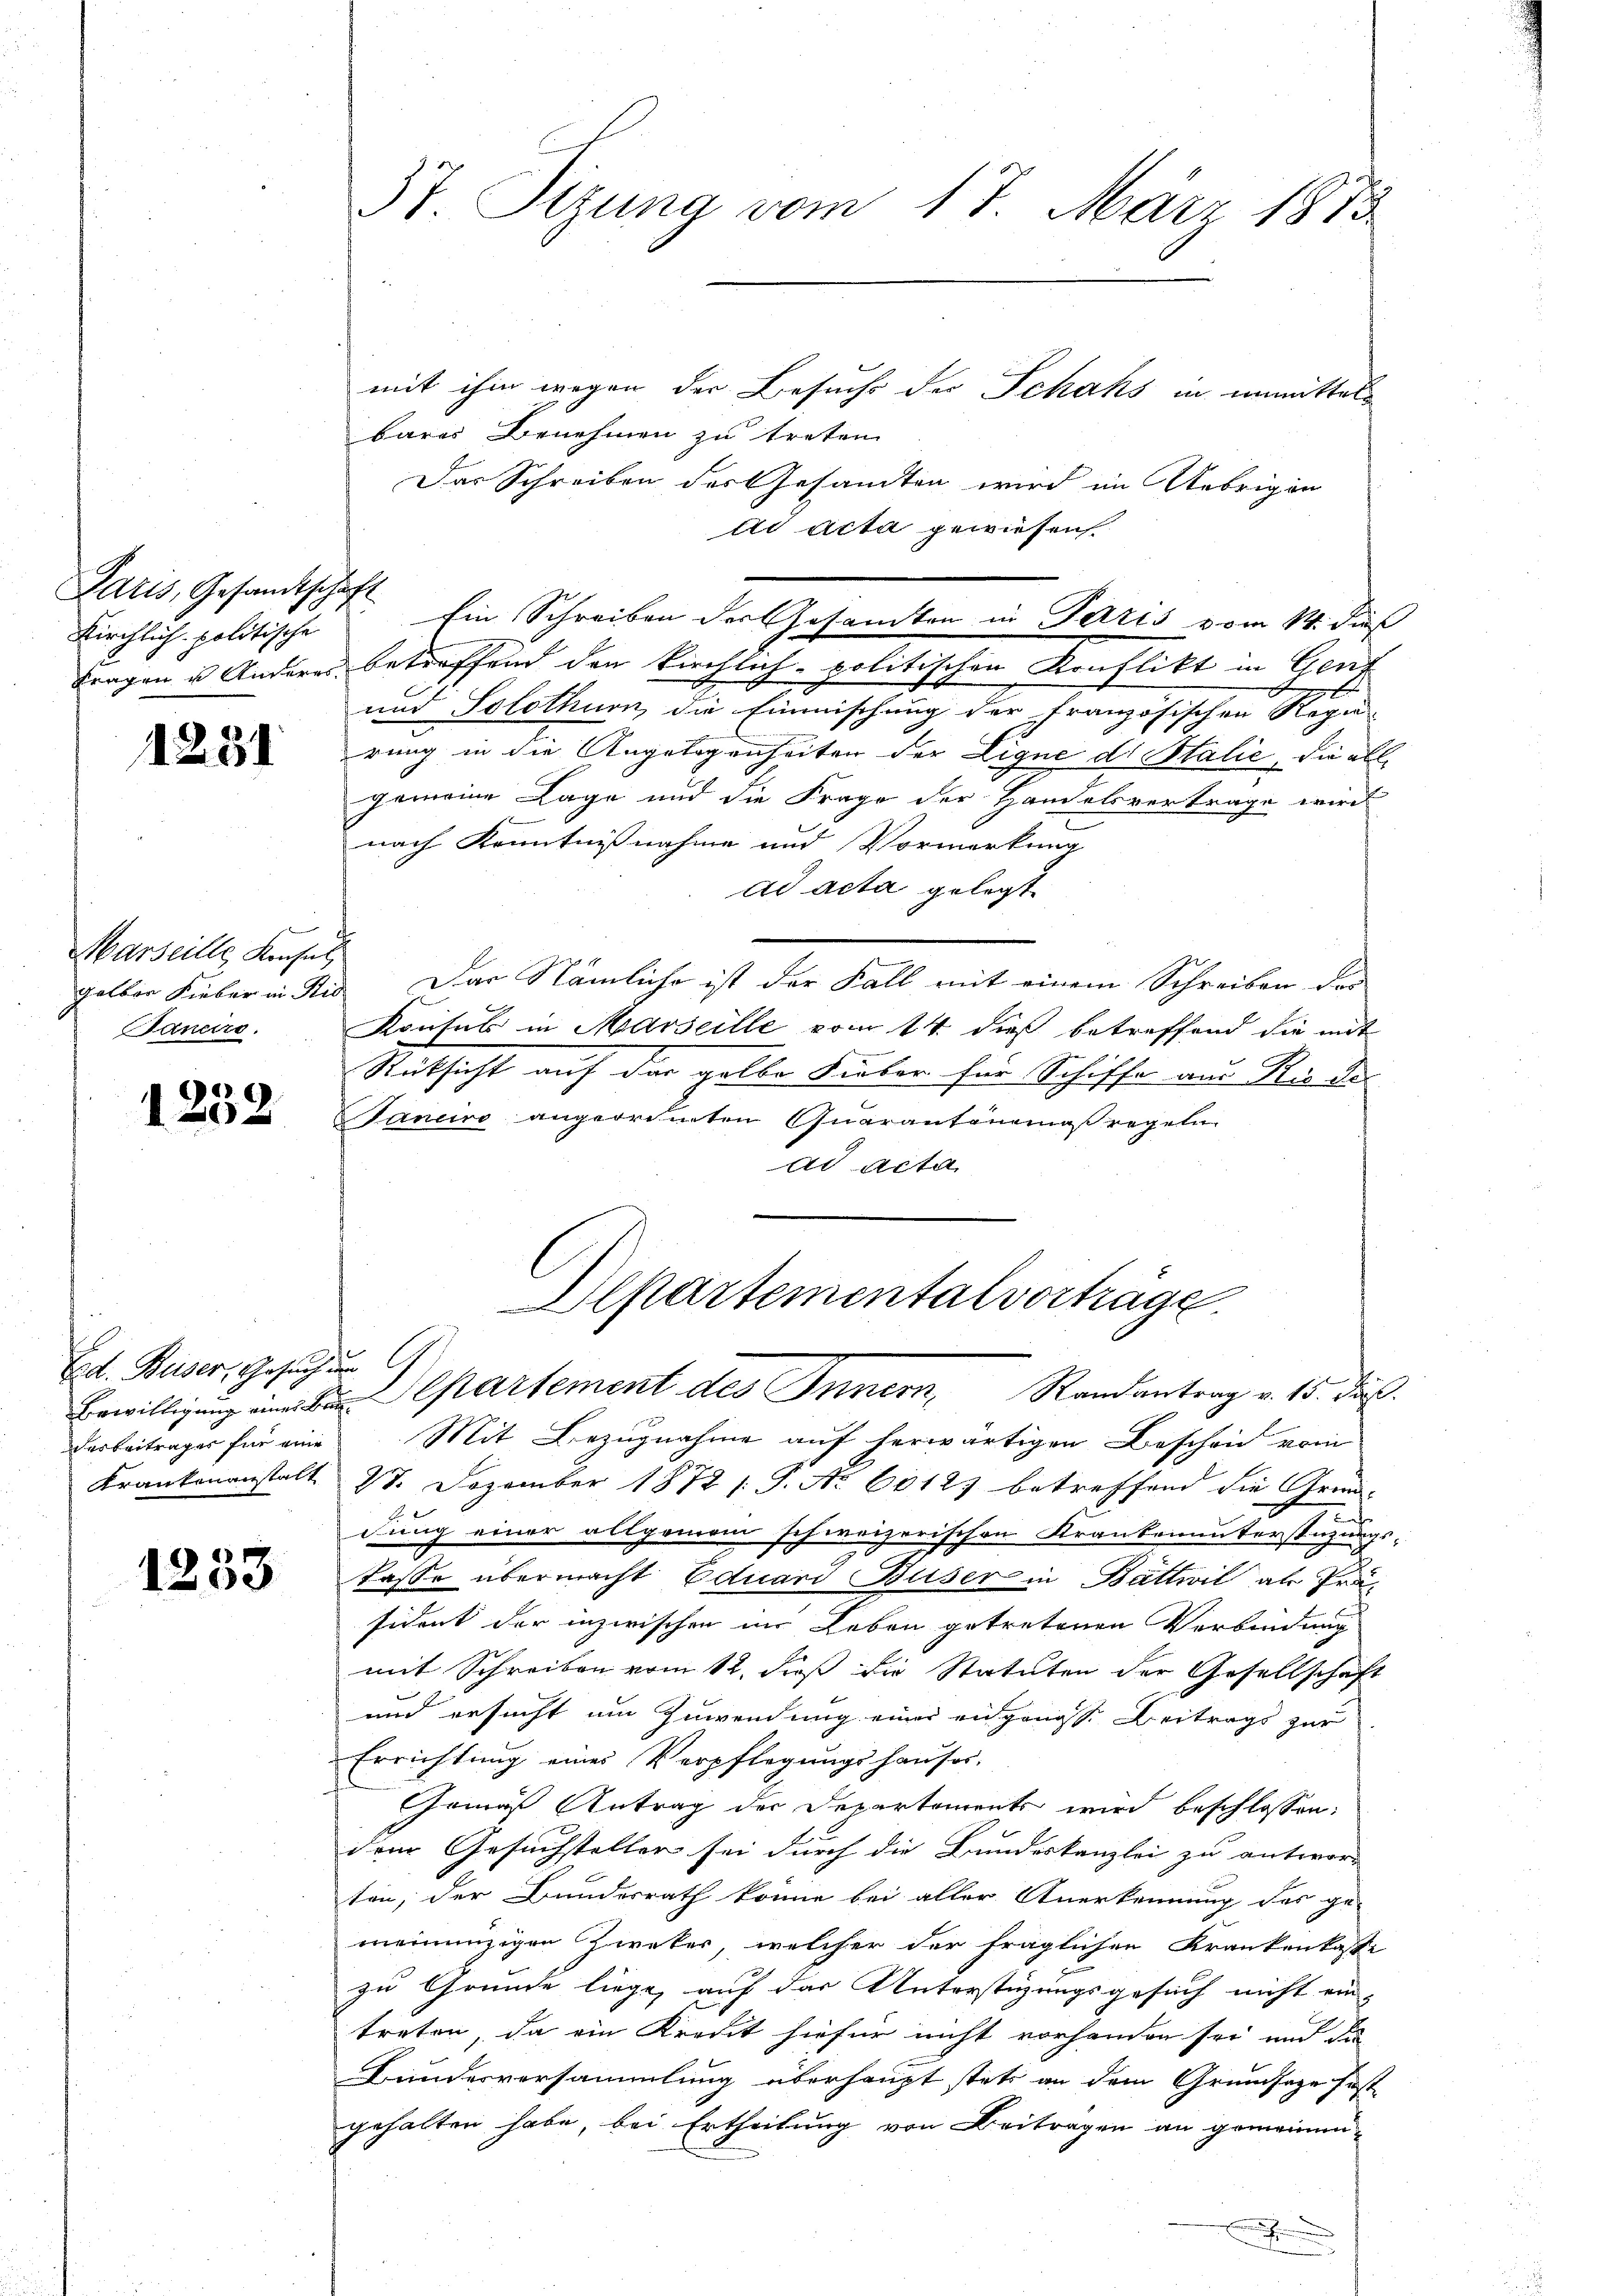
Paris, Gesandtschaft
Kirchlich politische

1251

Marseille, Konsul
gelben Sieber in Nid
Janeiro

1252

Ed. Buser, Gesuchun
des Beitrages für eine

1253

mit ihm wegen der Besuchs der Schaks in unmittels
bares Benehmen zu treten
Das Schreiben der Gesandten wird im Uebrigen
ad acta gewiesen
Fragen u. Anderes betreffend den kirchlich-politischen Konflikt in Gena
und Solothurn, die Einmischung der französischen Regie-
rung in die Angelegenheiten der Eigne der Stalie, die allgemeine Lage und die Frage der Handelsvertrage wird
nach Kenntnißnahme und Vormerkung
ad acta gelegt.
Das Nämliche ist der Fall mit einem Schreiben der
Konsul in Marseille vom 14. dieß betreffend die mit
Rüksicht auf der gelbe Lieber für Schiffe aus Rieder
Tanciro angeordneten Quarantenmaßregeln
ad acta
Departementalverhäge
 partement des Innern Randantrag v. 15. daß
Mit Bezugnahme auf herwärtigen Bescheid vom
Krankenanstalt. 28. Dezember 1872 /: P. Nr. 60123 betreffend die Grund-
Lehr
dung einer allgemein schweizerischen Krankenunterstützungs-
lasse übermacht Eduard Buser in Batteil als Präsident der inzwischen im Leben getretenen Verbindung
mit Schreiben vom 12. dieß die Statuten der Gesellschaft
und ersucht um Zuwendung einer eidgangs Beitrags zur
Errichtung eines Verpflegungshauses.
Gemäß Antrag der Departements wird beschlossen:
dem Gesuchsteller sei durch die Bundeskanzlei zu antwort
ten, der Bundesrath könne bei aller Anerkennung des ge-
meinenzigen Zweker, welcher der fraglichen Krankenkasse
zu Grunde liege, auf das Unterstüzungsgesuch nicht ein-
treten, da ein Kreut hiefür nicht vorhanden sei und die
Bundesversammlung überhaupt stets an dem Grundsage fast
gehalten habe, bei Ertheilung von Beitragen an gemeinen-
h
E

3t. Stzung vom 17. März 1873

Ein Schreiben der Gesamten in Paris vom 14. dieß